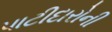
પાટીદારોની